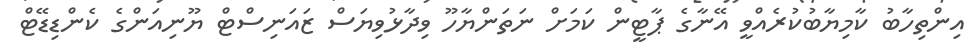
އިންތިހާބު ކާމިޔާބުކުރެއްވީ އޭނާގެ ޕާޓީން ކަމަށް ނަތަންޔާހޫ ވިދާޅުވިޔަސް ޒައަނިސްޓް ޔޫނިއަންގެ ކެންޑިޑޭޓް